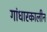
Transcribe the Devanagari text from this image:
गांधारकालीन